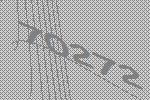
70272